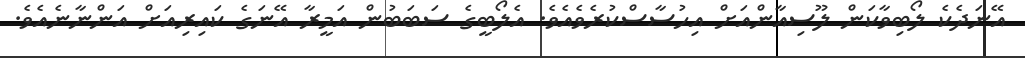
އޭނަދެކެ ލޯބިވާކަން ލޫސިއާންއަށް އިހުސާސްކުރެވެއެވެ. އެލޯބީގެ ސަބަބުން އަމީރާ އޭނަގެ ކައިރިއަށް އަންނާނެއެވެ.